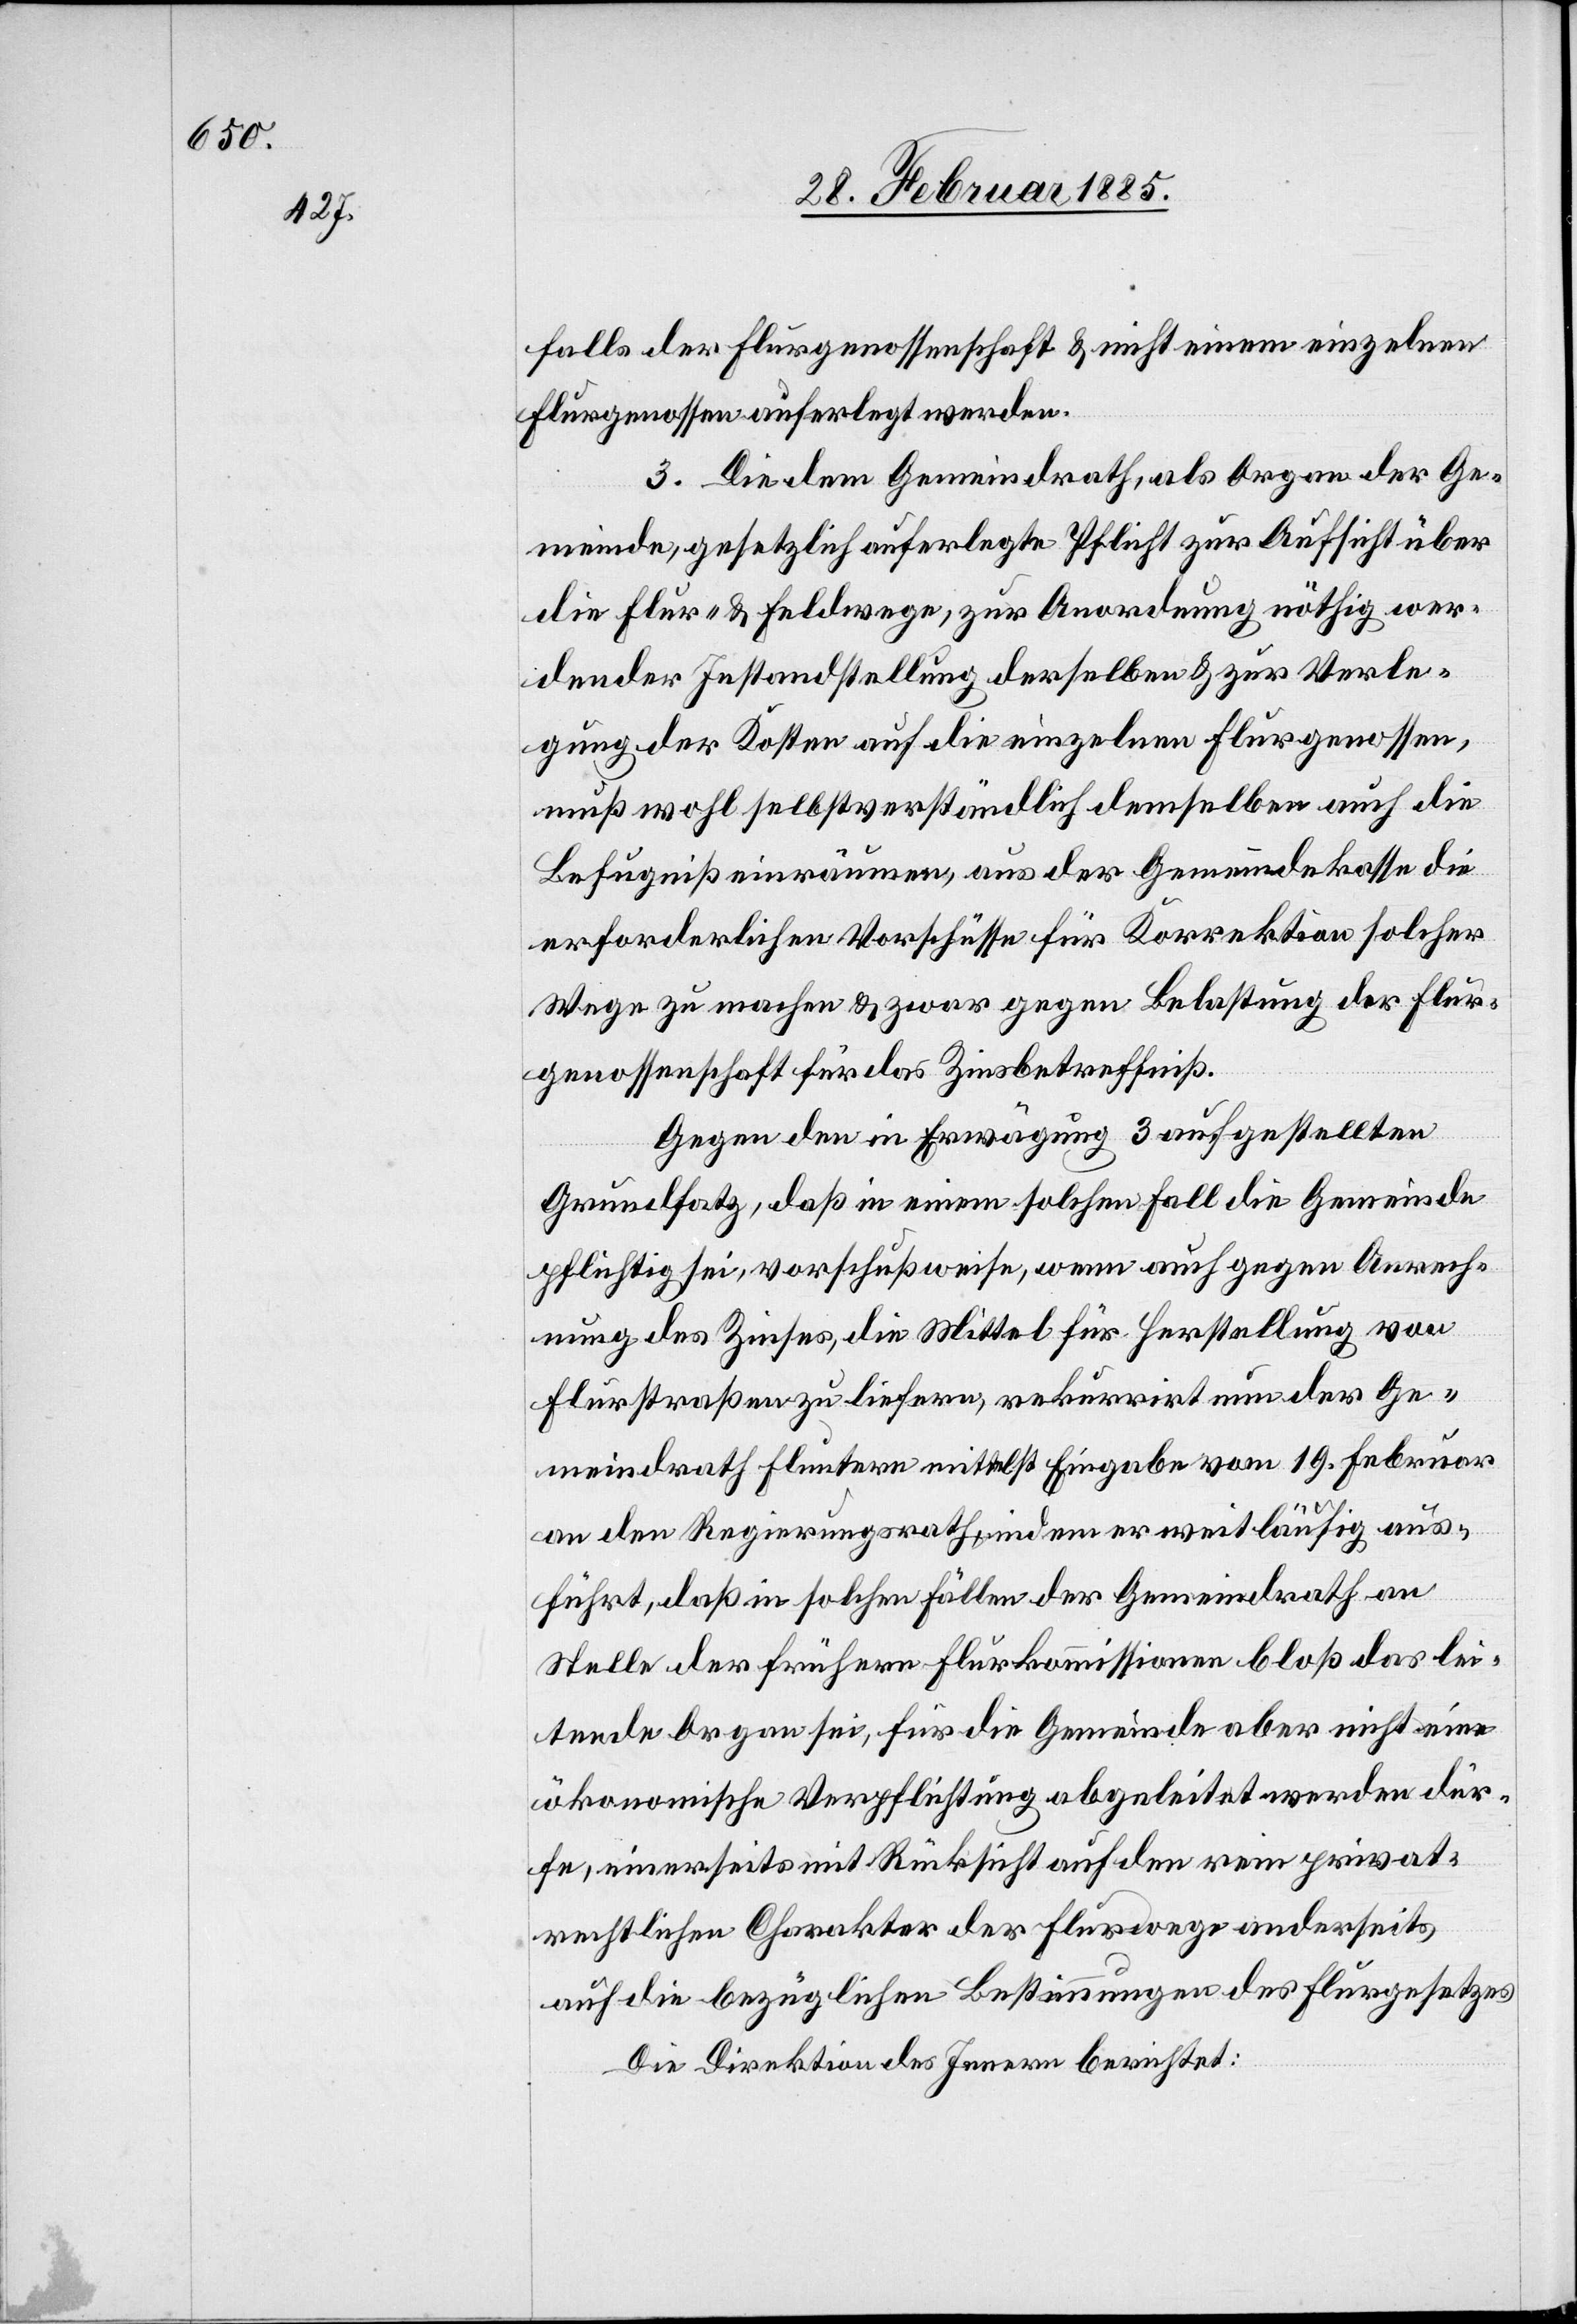
falls der Flurgenossenschaft & nicht einem einzelnen
Flurgenossen auferlegt werden.
3. Die dem Gemeindrath, als Organ der Ge¬
meinde, gesetzlich auferlegte Pflicht zur Aufsicht über
die Flur- & Feldwege, zur Anordnung nöthig wer¬
dender Instandstellung derselben & zur Verle¬
gung der Kosten auf die einzelnen Flurgenossen,
muß wohl selbstverständlich demselben auch die
Befugniß einräumen, aus der Gemeindekasse die
erforderlichen Vorschüsse für Korrektion solcher
Wege zu machen & zwar gegen Belastung der Flur¬
genossenschaft für das Zinsbetreffniß.
Gegen den in Erwägung 3 aufgestellten
Grundsatz, daß in einem solchen Fall die Gemeinde
pflichtig sei, vorschußweise, wenn auch gegen Anrech¬
nung des Zinses, die Mittel für Herstellung von
Flurstraßen zu liefern, rekurrirt nun der Ge¬
meindrath Fluntern mittelst Eingabe vom 19. Februar
an den Regierungsrath, indem er weitläufig aus¬
führt, daß in solchen Fällen der Gemeindrath an
Stelle der frühern Flurkommissionen bloß das lei¬
tende Organ sei, für die Gemeinde aber nicht eine
ökonomische Verpflichtung abgeleitet werden dür¬
fe, einerseits mit Rücksicht auf den rein privat¬
rechtlichen Charakter der Flurwege anderseits
auf die bezüglichen Bestimmungen des Flurgesetzes.
Die Direktion des Innern berichtet: